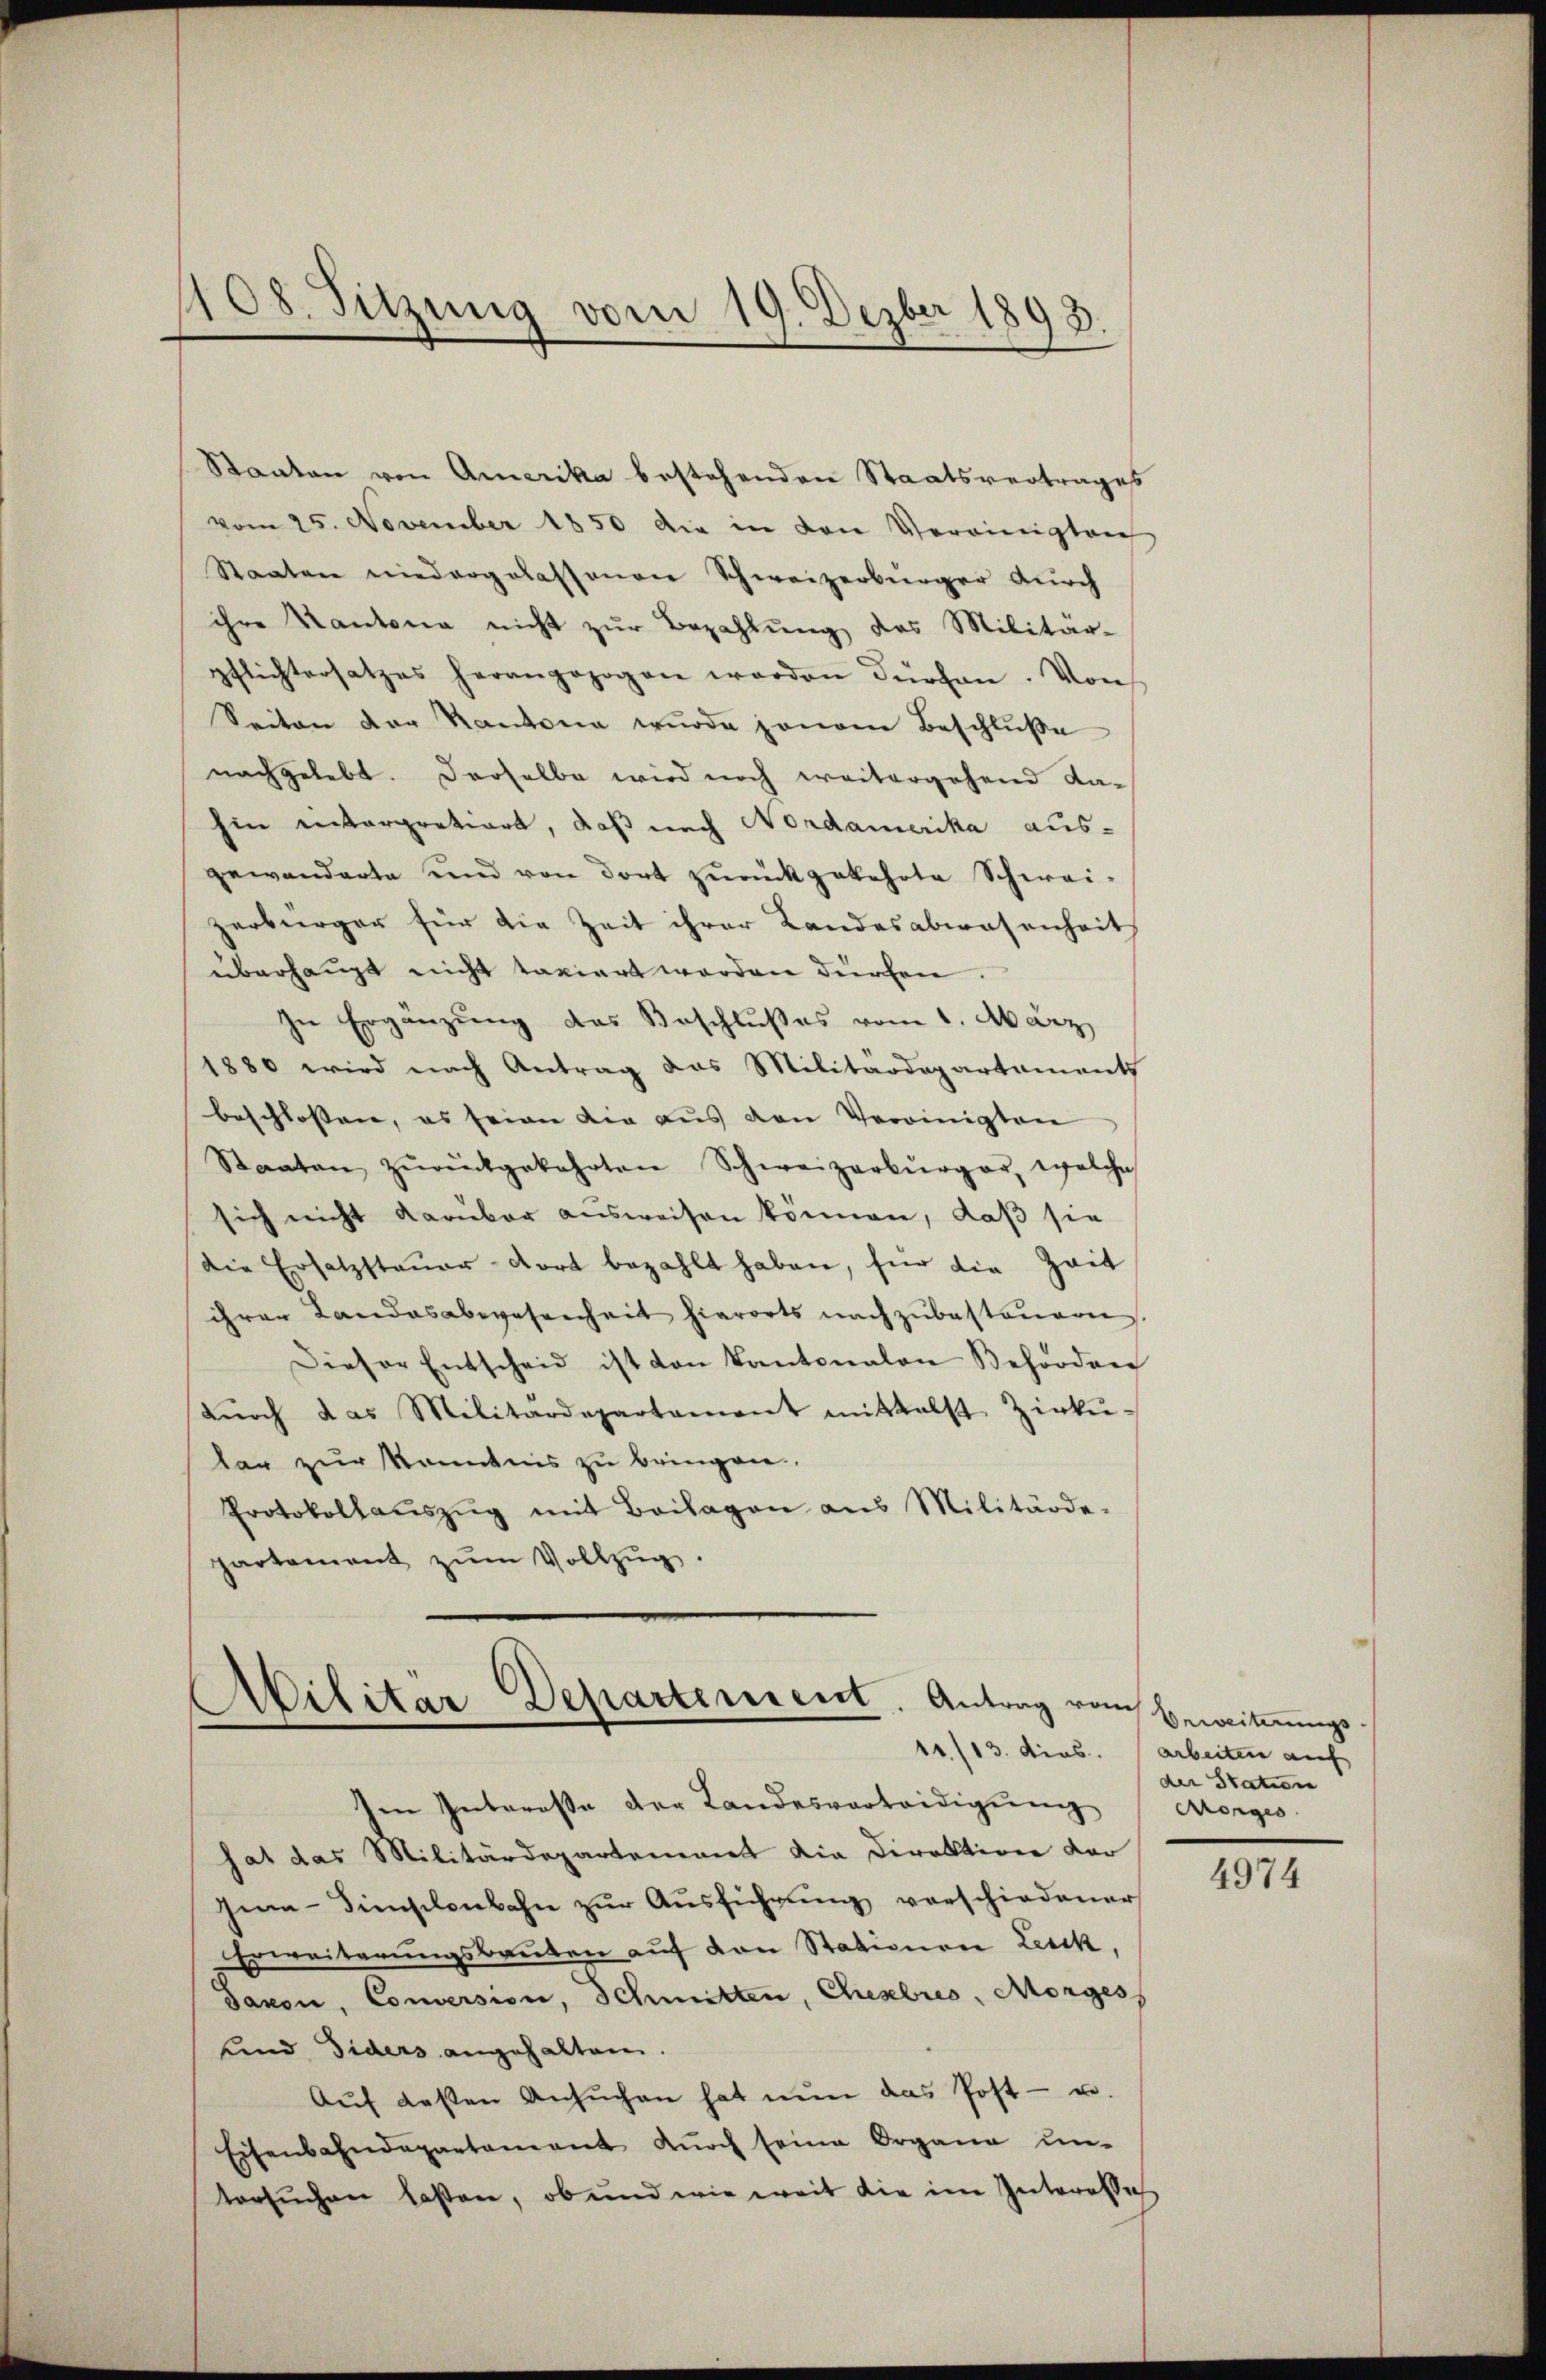
108. Sitzung vom 19. Dezber 1893.

Staaten von Amerika bestehenden Staatsvertrages
vom 25. November 1850 die in den Vereinigten
Staaten niedergelassenen Schweizerbürger durch
ihre Kantona nicht zŭr Bezahlŭng des Militär-
pflichtersatzes herangezogen worden dürchen. Von
Seiten der Kantona wurde jenem Beschluße
nachgelebt. Derselbe wird noch weitergehend Kahin interpratiort, daß nach Nordamerika aus-
gewanderte und von dort zŭrückgekehrte Schwei-
zerbürger für die Zeit ihrer Landesabwesenheit
überhaupt nicht taxiert werden dürfen.
In Ergänzung das Beschlußes vom 1. März
1880 wird nach Antrag das Militärdepartaments
beschlossen, es seien die aus den Vereinigten
Staaten zŭrückgekehrten Schweizerbürger, welche
sich nicht darüber ausweisen können, daß sie
die Ersatzsteuer dort bezahlt haben, für die Zeit
ihrer Landesabwesenheit hierorts nachzubesteuern.
Dieser Entscheid ist von Kantonalen Behörden
dŭrch das Militärdepartament mittelst Zirkŭ-
tar zur Kenntnis zu bringen.
Protokollaŭszŭg mit Beilagen aus Militärde-
partament zŭm Vollzŭg.

Abilitar-Departeresent. Antrag vom Beweiterungs-

Im Interesse der Landesverteidigung Morges
hat das Militärdepartement die Direktion der
gia-Simselenbahn zŭr Aŭsführŭng verschiedener
Erweiterungsbauten auf den Stationen Leich,
Saxon, Couversion, Schmitten, Chesebres, Morges
und Diders angehalten.
Aŭf deßen Ansŭchen hat nun das Post- u.
Eisenbahndepartement dŭrch seine Organe un-
tersuchen laßen, ob und wie weit die im Interesse

11./13. dies. Arbeiten auf
der Station

4974